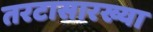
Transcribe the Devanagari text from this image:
तरटासारख्या